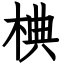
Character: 椣